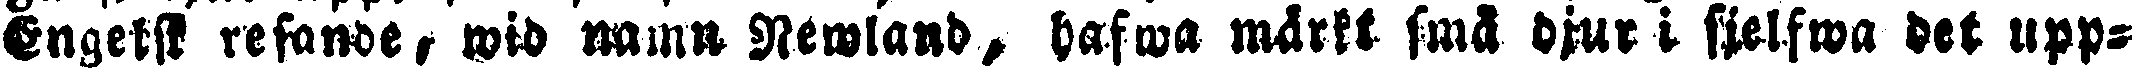
Engelsk resande, wid namn Newland, hafwa märkt små djur i sjelfwa det upp-